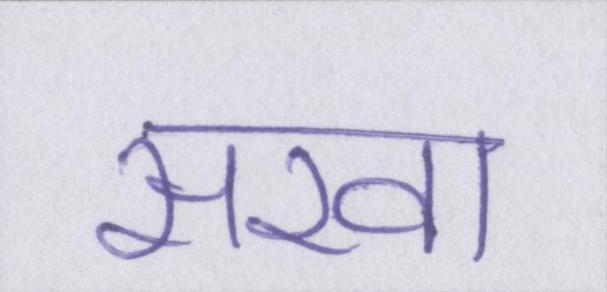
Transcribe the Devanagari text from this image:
सखा